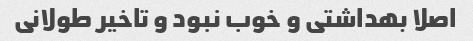
اصلا بهداشتی و خوب نبود و تاخیر طولانی